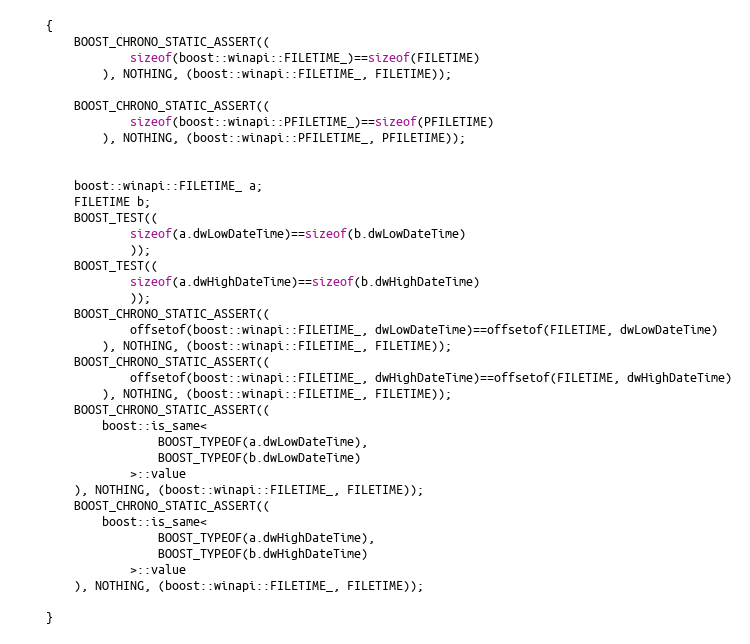
Language: C++
    {
        BOOST_CHRONO_STATIC_ASSERT((
                sizeof(boost::winapi::FILETIME_)==sizeof(FILETIME)
            ), NOTHING, (boost::winapi::FILETIME_, FILETIME));

        BOOST_CHRONO_STATIC_ASSERT((
                sizeof(boost::winapi::PFILETIME_)==sizeof(PFILETIME)
            ), NOTHING, (boost::winapi::PFILETIME_, PFILETIME));

        boost::winapi::FILETIME_ a;
        FILETIME b;
        BOOST_TEST((
                sizeof(a.dwLowDateTime)==sizeof(b.dwLowDateTime)
                ));
        BOOST_TEST((
                sizeof(a.dwHighDateTime)==sizeof(b.dwHighDateTime)
                ));
        BOOST_CHRONO_STATIC_ASSERT((
                offsetof(boost::winapi::FILETIME_, dwLowDateTime)==offsetof(FILETIME, dwLowDateTime)
            ), NOTHING, (boost::winapi::FILETIME_, FILETIME));
        BOOST_CHRONO_STATIC_ASSERT((
                offsetof(boost::winapi::FILETIME_, dwHighDateTime)==offsetof(FILETIME, dwHighDateTime)
            ), NOTHING, (boost::winapi::FILETIME_, FILETIME));
        BOOST_CHRONO_STATIC_ASSERT((
            boost::is_same<
                    BOOST_TYPEOF(a.dwLowDateTime),
                    BOOST_TYPEOF(b.dwLowDateTime)
                >::value
        ), NOTHING, (boost::winapi::FILETIME_, FILETIME));
        BOOST_CHRONO_STATIC_ASSERT((
            boost::is_same<
                    BOOST_TYPEOF(a.dwHighDateTime),
                    BOOST_TYPEOF(b.dwHighDateTime)
                >::value
        ), NOTHING, (boost::winapi::FILETIME_, FILETIME));

    }